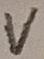
Text: V